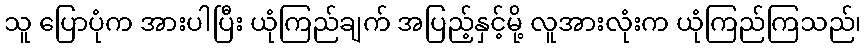
သူ ပြောပုံက အားပါပြီး ယုံကြည်ချက် အပြည့်နှင့်မို့ လူအားလုံးက ယုံကြည်ကြသည်၊